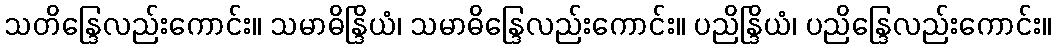
သတိန္ဒြေလည်းကောင်း။ သမာဓိန္ဒြိယံ၊ သမာဓိန္ဒြေလည်းကောင်း။ ပညိန္ဒြိယံ၊ ပညိန္ဒြေလည်းကောင်း။